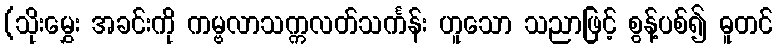
(သိုးမွှေး အခင်းကို ကမ္ဗလာသက္ကလတ်သင်္ကန်း ဟူသော သညာဖြင့် စွန့်ပစ်၍ ဓူတင်